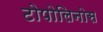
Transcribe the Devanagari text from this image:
टोपोलिनोस